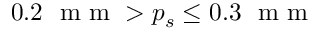
0 . 2 ~ \textrm { m m } > p _ { s } \leq 0 . 3 ~ \textrm { m m }